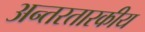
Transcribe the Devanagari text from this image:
अन्तरतारकीय